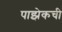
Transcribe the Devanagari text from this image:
पाझेकची